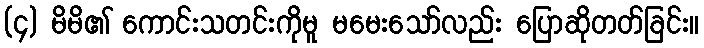
(၄) မိမိ၏ ကောင်းသတင်းကိုမူ မမေးသော်လည်း ပြောဆိုတတ်ခြင်း။